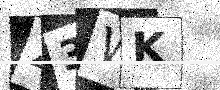
Text: Z3WK